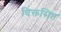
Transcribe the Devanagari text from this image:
चिक्तसित